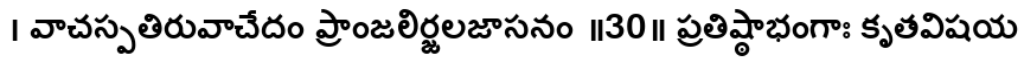
। వాచస్పతిరువాచేదం ప్రాంజలిర్జలజాసనం ॥30॥ ప్రతిష్ఠాభంగాః కృతవిషయ